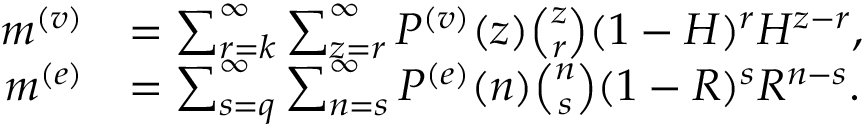
\begin{array} { r l } { m ^ { ( v ) } } & { = \sum _ { r = k } ^ { \infty } \sum _ { z = r } ^ { \infty } P ^ { ( v ) } ( z ) \binom { z } { r } ( 1 - H ) ^ { r } H ^ { z - r } , } \\ { m ^ { ( e ) } } & { = \sum _ { s = q } ^ { \infty } \sum _ { n = s } ^ { \infty } P ^ { ( e ) } ( n ) \binom { n } { s } ( 1 - R ) ^ { s } R ^ { n - s } . } \end{array}